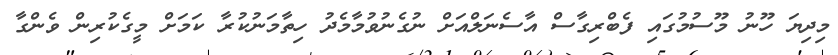
މިދިޔަ ހޫނު މޫސުމުގައި ފެބްރިގާސް އާސެނަލްއަށް ނުގެނުވުމާމެދު ހިތާމަނުކުރާ ކަމަށް މީގެކުރިން ވެންގާ